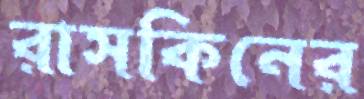
রাসকিনের